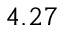
4 . 2 7